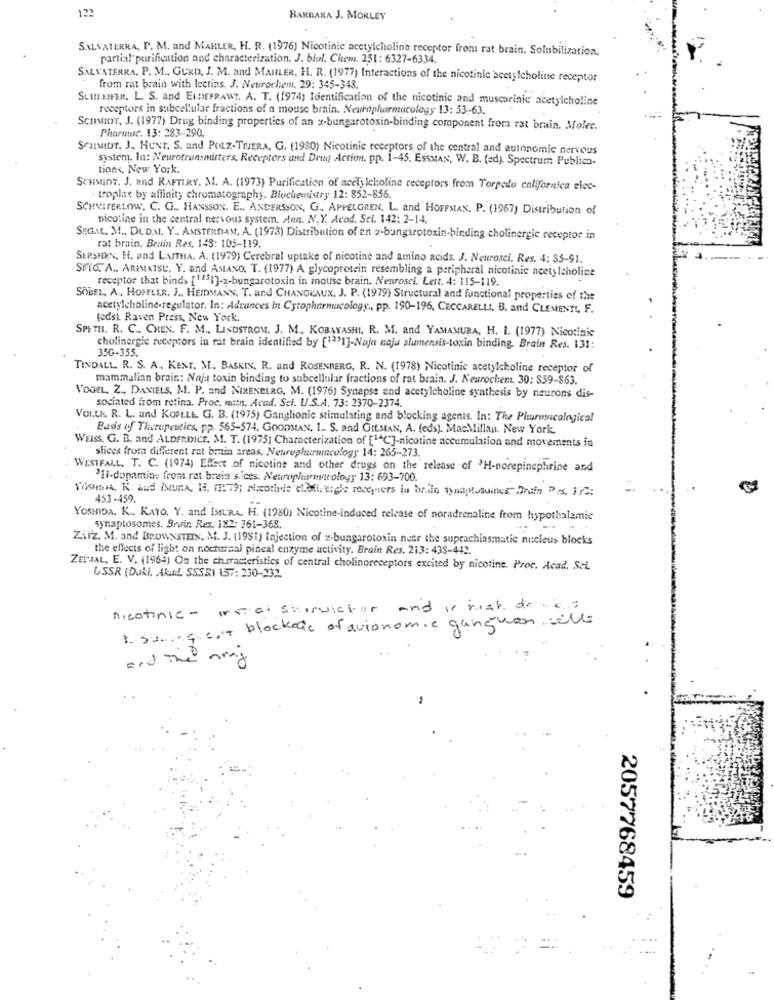
122
BARBARA J. MORLEY
SALVATERRA, P. M. and MAKLER, H. R. (1976) Nicotinic acetylcholine receptor from rat brain. Solubilization.
partial purification and characterization. J. biul. Chem. 251: 6327-6334.
SALVATERRA. P. M. GURD, J. M. and MAILLER, H. R. (1977) Interactions of the nicotinic acetylcholine receptor
from rat brain with lectins. J. Neurochem. 29: 345-348.
SLINKIFER. L. S. and EIDEFRAW !. A. T. (1974) Identification of the nicotinic and muscarinic acetylcholine
receptors in subcellular fractions of a mouse brain. Neuropharmacology 13: 53-63.
Scusar, J. (1977) Drug binding properties of an x-bungarotoxin-binding component from rat brain. Molet.
Pharmac. 13: 283-290.
SCHMIDT, J ., HUNT. S. and POLZ-TEJERA. G. (1980) Nicotinic receptors of the central and autonomie nervous
system. In: Neurotransmitters. Receptors and Drug Action, pp. 1-45. ESSMAN, W. B. (ed). Spectrum Publica-
tions, New York.
SCHMIDT. J. and RAFTIRY. M. A. (1973) Purification of acetylcholine receptors from Torpedo californien elec-
- troplax by affinity chromatography. Biochemistry 12: 852-856.
SCHEITERLOW. C. G ., HANSSON. E ., ANDERSSON, G ., APPELGREN, L. and HOFFMAN. P. (1967) Distribution of
nicotine in the central nervous system, Ann. N.Y. Acad. Sel. 142: 2-1-4.
SEGAt. M ., DUDAL. Y .. AMSTERDAM, A. (1973) Distribution of ant z-bungarotoxin-binding cholinergic receptor in
rat brain. Brain Res. 143: 105-119.
SERSHEN, H. and LATHA. A. (1979) Cerebral uptake of nicotine and amino acids. J. Neurosci. Res, 4: 35-91.
SPTO. A .. ARIMAISU. Y. and AMANO. T. (1977) A glycoprotein resembling a peripheral nicotinic acetylcholine
receptor that binds [1151]-x-bungarotoxin in mouse brain. Neurosci. Lett. 4: 115-119.
SOBEL, A. HOFFLER, J .. HEIDMANN, T. and CHANGEAUX. J. P. (1979) Structural and functional properties of the
acetylcholine-regulator. In: Advances In Cytopharmacology ., pp. 190-196, CECCARELLI. B. and CLEMENTI, F.
(ods). Raven Press, New York.
SPETH. R. C ., CHEN. F. M ., LINDSTROM. J. M ., KOBAYASHI, R. M. and YAMAMURA, H. I. (1977) Nicotinic
cholinergic receptors in rat brain identified by [1231]-Naja naju slumensis-toxin binding. Brain Res. 131:
350-355.
TINDALL. R. S. A. KENT. M .. BASKIN. R. and ROSENBERG, R. N. (1978) Nicotinic acetylcholine receptor of
mammalian brain .: Naja toxin binding to subcellular fractions of rat brain. J. Neurochent. 30: 859-$63.
VOGEL, Z .. DANIELS, M. P. and NIRENBERG, M. (1976) Synapse and acetylcholine synthesis by neurons dis-
sociated from retina. Proc. natn. Acad. Sci. U.S.A. 73: 2370-2374.
VOLLE. R. L. and KOFLLE. G. B. (1975) Ganglionic stimulating and blocking agents. In: The Pharmacological
Basis of Therupeutics, pp. 565-574. GoonstAN. 1. S. and GILMAN, A. (eds). MacMillan. New York
WEISS. G. B. and ALDERDICE. M. T. (1975) Characterization of [1ªC]-nicotine accumulation and movements in
slices from different rat brain areas. Neuropharmacology 14: 265-273.
WESTFALL. T. C. (1974) Effect of nicotine and other drugs on the release of 'H-norepinephrine and
'Il-dopamin: from rat brain sices. Neuropharmacology 13: 693-700.
SCANIA, K. and MURA, 1. 11.79; Nicotine citatireigle recquers in brain synagosuaves Drain Ps Fra
453-459.
YOSHIDA. K .. KATO, Y. and IMURA. H. (1980) Nicotine-induced release of noradrenaline from hypothalamic
synaptosomes. Bruin Res. 182: 361-368.
Zirz. M. and BROWNSTEIN, M. J. (1981) lajection of z-bungarotoxin near the suprachiasmatie nucleus blocks
the effects of light on nocturnal pineal enzyme activity. Brain Res. 213: 438-442.
ZUHAL, E. V. (1964) On the characteristics of central cholinoreceptors excited by nicotine. Proc. Acad. Sci.
USSR (Dukl. Akud. SSSR) 157: 230-232.
nicotinic - instal shorvictor and is just do.c. :
1. Sunget blockade of autonomie ganghon sell
and The ming
2057768459